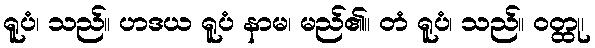
ရူပံ၊ သည်။ ဟဒယ ရူပံ နာမ၊ မည်၏။ တံ ရူပံ၊ သည်။ ဝတ္ထု၊